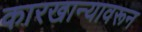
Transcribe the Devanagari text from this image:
कारखान्यावरून